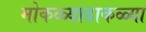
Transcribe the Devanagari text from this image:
मोकळ्याढाकळ्या